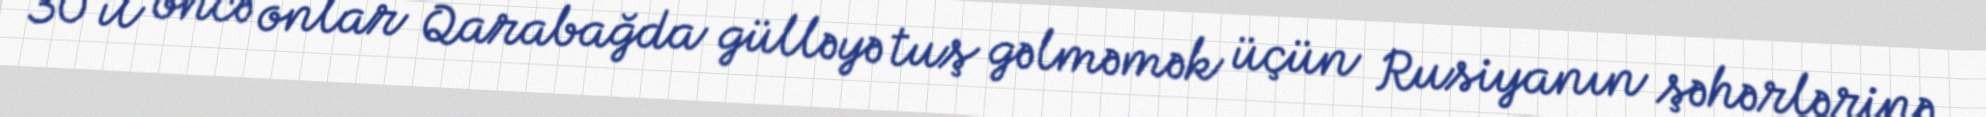
30 il öncə onlar Qarabağda gülləyə tuş gəlməmək üçün Rusiyanın şəhərlərinə